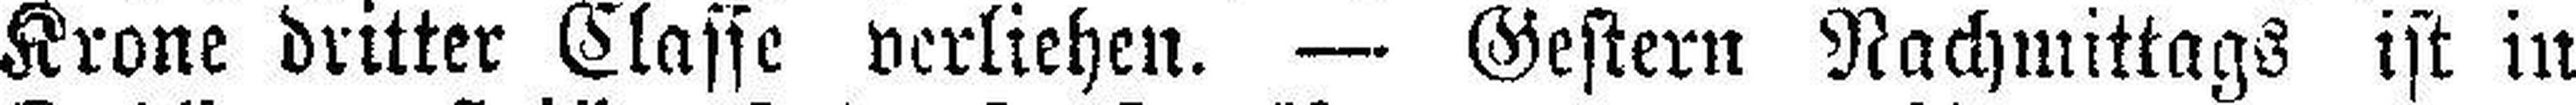
Krone dritter Classe verliehen. — Gestern Nachmittags ist in